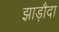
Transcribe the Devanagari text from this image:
झाड़ौदा